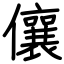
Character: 儴